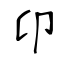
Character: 卬